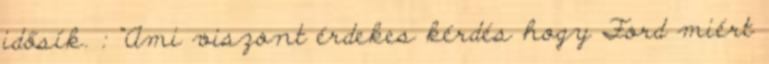
idősík. : “Ami viszont érdekes kérdés hogy Ford miért